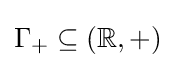
\Gamma _{+}\subseteq (\mathbb {R} ,+)